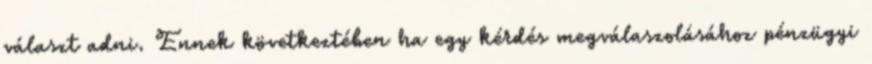
választ adni. Ennek következtében ha egy kérdés megválaszolásához pénzügyi